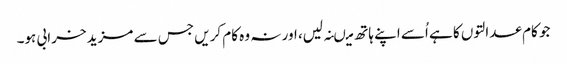
جو کام عدالتوں کا ہے اُسے اپنے ہاتھ میںنہ لیں، اور نہ وہ کام کریں جس سے مزید خرابی ہو۔